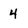
Character: 4